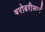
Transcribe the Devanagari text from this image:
बरोबरीसाठी